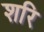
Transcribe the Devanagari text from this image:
शरि